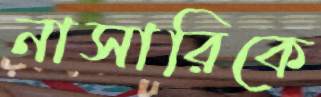
নাসারিকে